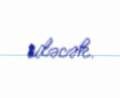
edəcək.